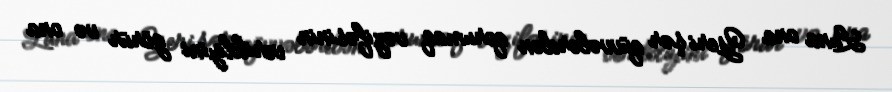
Luna ona Yeri şər qüvvələrdən qorumaq vəzifəsinin verildiyini görür və ona